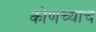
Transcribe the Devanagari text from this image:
कोणच्याच